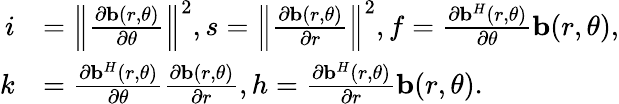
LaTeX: \begin{array}{rl}{i}&{={\left\| {\frac{{\partial{\mathbf{b}}(r,\theta)}}{{\partial\theta}}}\right\| }^{2},s={{\left\| {\frac{{\partial{\mathbf{b}}(r,\theta)}}{{\partial r}}}\right\| }^{2}},f=\frac{{\partial{{\mathbf{b}}^{H}}(r,\theta)}}{{\partial\theta}}{\mathbf{b}}(r,\theta),}\\ {k}&{=\frac{{\partial{{\mathbf{b}}^{H}}(r,\theta)}}{{\partial\theta}}\frac{{\partial{\mathbf{b}}(r,\theta)}}{{\partial r}},h=\frac{{\partial{{\mathbf{b}}^{H}}(r,\theta)}}{{\partial r}}{\mathbf{b}}(r,\theta).}\end{array}